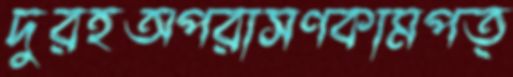
দুরহঅপরাসণকামপত্